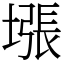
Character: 㙣